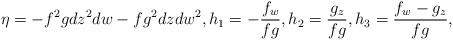
LaTeX: \begin{align*}\eta=-f^2gdz^2dw-fg^2dzdw^2,h_1=-\frac{f_w}{fg},h_2=\frac{g_z}{fg},h_3=\frac{f_w-g_z}{fg},\end{align*}